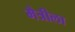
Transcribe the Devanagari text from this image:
मैत्रीला